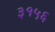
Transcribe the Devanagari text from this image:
३१५६